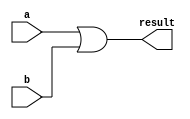
module Or(input wire [7:0] a, b, output wire [7:0] result);

	assign result = a | b;
	
endmodule